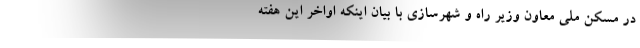
در مسکن ملی معاون وزیر راه و شهرسازی با بیان اینکه اواخر این هفته